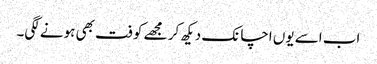
اب اسے یوں اچانک دیکھ کر مجھے کوفت بھی ہونے لگی۔